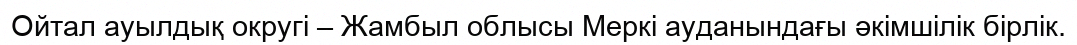
Ойтал ауылдық округі – Жамбыл облысы Меркі ауданындағы әкімшілік бірлік.